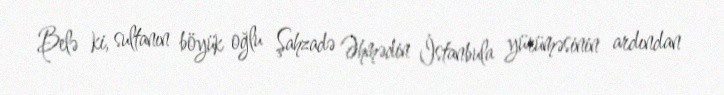
Belə ki, sultanın böyük oğlu Şahzadə Əhmədin İstanbula yürüməsinin ardından